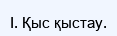
І. Қыс қыстау.